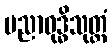
ပညာဝုဒ္ဓိသုတ္တံ